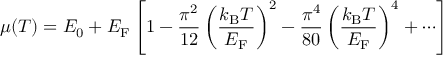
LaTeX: \mu ( T ) = E _ { 0 } + E _ { \mathrm { F } } \left[ 1 - { \frac { \pi ^ { 2 } } { 1 2 } } \left( { \frac { k _ { \mathrm { { B } } } T } { E _ { \mathrm { F } } } } \right) ^ { 2 } - { \frac { \pi ^ { 4 } } { 8 0 } } \left( { \frac { k _ { \mathrm { { B } } } T } { E _ { \mathrm { F } } } } \right) ^ { 4 } + \cdots \right]